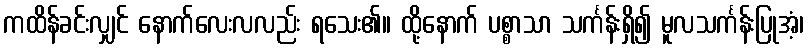
ကထိန်ခင်းလျှင် နောက်လေးလလည်း ရသေး၏။ ထို့နောက် ပစ္စာသာ သင်္ကန်းရှိ၍ မူလသင်္ကန်းပြုအံ့၊